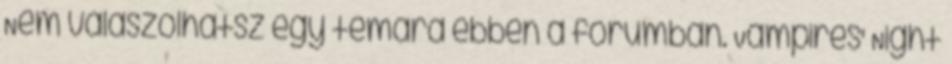
Nem válaszolhatsz egy témára ebben a fórumban. Vampires' Night